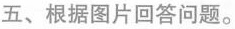
五、根据图片回答问题.